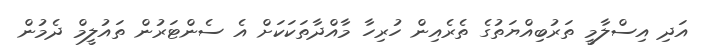
އަދި އިސްލާމީ ތަރުބިއްޔަތުގެ ތެރެއިން ހުރިހާ މާއްދާތަކަކަށް އެ ސެންޓަރުން ތައުލީމް ދެމުން